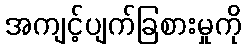
အကျင့်ပျက်ခြစားမှုကို